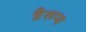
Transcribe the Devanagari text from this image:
त्रैरूप्य